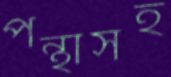
পন্থাসহ